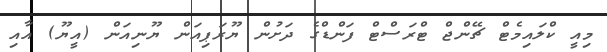
މިއީ ކްލައިމެޓް ޗޭންޖް ޓްރަސްޓް ފަންޑްގެ ދަށުން ޔޫރަޕިއަން ޔޫނިއަން (އީޔޫ) އާއި